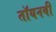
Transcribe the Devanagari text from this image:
तॉयनबी